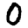
Digit: 0